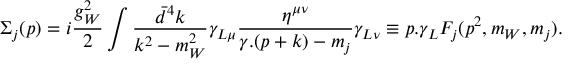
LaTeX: \Sigma _ { j } ( p ) = i \frac { g _ { W } ^ { 2 } } { 2 } \int \frac { \bar { d } ^ { 4 } k } { k ^ { 2 } - m _ { W } ^ { 2 } } \gamma _ { L \mu } \frac { \eta ^ { \mu \nu } } { \gamma . ( p + k ) - m _ { j } } \gamma _ { L \nu } \equiv p . \gamma _ { L } { \cal F } _ { j } ( p ^ { 2 } , m _ { W } , m _ { j } ) .